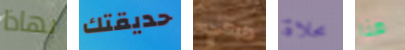
بهاذا حديقتك طبعي محلاة هنا